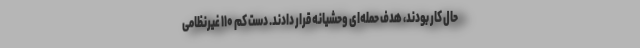
حال کار بودند، هدف حمله‌ای وحشیانه قرار دادند. دست کم ۱۱۰ غیرنظامی